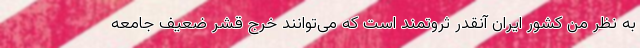
به نظر من کشور ایران آنقدر ثروتمند است که می‌توانند خرج قشر ضعیف جامعه